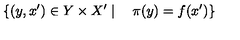
\{ ( y , x ^ { \prime } ) \in Y \times X ^ { \prime } \mid \quad \pi ( y ) = f ( x ^ { \prime } ) \}